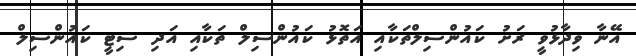
އޭނާ ވިދާޅުވީ ރަށު ކައުންސިލްތަކާއި އަތޮޅު ކައުންސިލް ތަކާއި އަދި ސިޓީ ކައުންސިލް